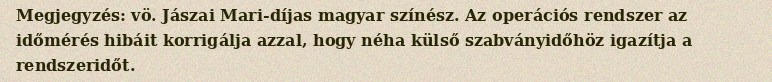
Megjegyzés: vö. Jászai Mari-díjas magyar színész. Az operációs rendszer az időmérés hibáit korrigálja azzal, hogy néha külső szabványidőhöz igazítja a rendszeridőt.